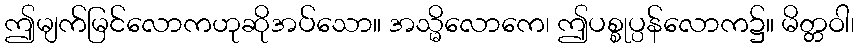
ဤမျက်မြင်လောကဟုဆိုအပ်သော။ အသ္မိလောကေ၊ ဤပစ္စုပ္ပန်လောက၌။ မိတ္တဝါ၊